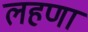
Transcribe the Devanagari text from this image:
लहणा